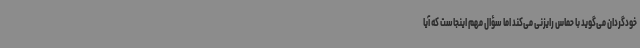
خودگردان می‌گوید با حماس رایزنی می‌کند اما سؤال مهم اینجاست که آیا